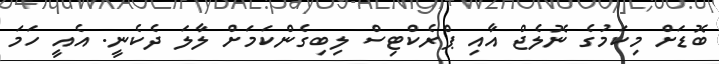
ބޮޑަށް މިކަމުގެ ނޮލެޖް އާއި ޕްރެކްޓިސް ލިބިގެންކަމަށް ލާލަ ދެކެނީ. އެއީ ހަމަ